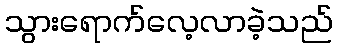
သွားရောက်လေ့လာခဲ့သည်